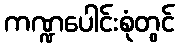
ကဏ္ဍပေါင်းစုံတွင်